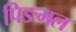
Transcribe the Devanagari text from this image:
पिङगल